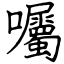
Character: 囑